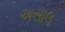
અસાલ